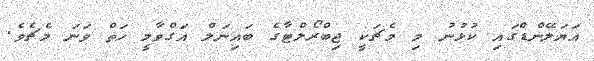
އަޔަލޭންޑްގައި ކުޅުނު މި މެޗަކީ ޖިބްރޯލްޓާގެ ބައިނަލް އަގްވާމީ ހަތް ވަނަ މެޗެވެ.